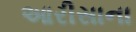
આરીસાના